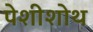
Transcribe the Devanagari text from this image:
पेशीशोथ